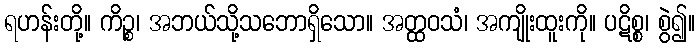
ရဟန်းတို့။ ကိဉ္စ၊ အဘယ်သို့သဘောရှိသော။ အတ္ထဝသံ၊ အကျိုးထူးကို။ ပဋိစ္စ၊ စွဲ၍။